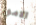
الامور